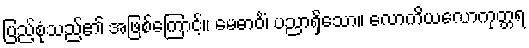
ပြည့်စုံသည်၏ အဖြစ်ကြောင့်။ မေဓာဝိံ၊ ပညာရှိသော။ လောကိယလောကုတ္တရ